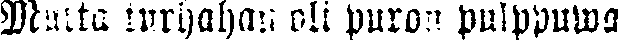
Mutta turhahan oli puron pulppuwa